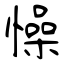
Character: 懆